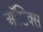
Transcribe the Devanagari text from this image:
ऑप्टिक्‍स